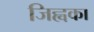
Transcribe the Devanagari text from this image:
जिह्वका